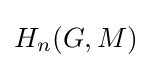
H_{n}(G,M)